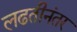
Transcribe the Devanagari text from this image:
लढतीनंतर